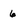
Character: 6